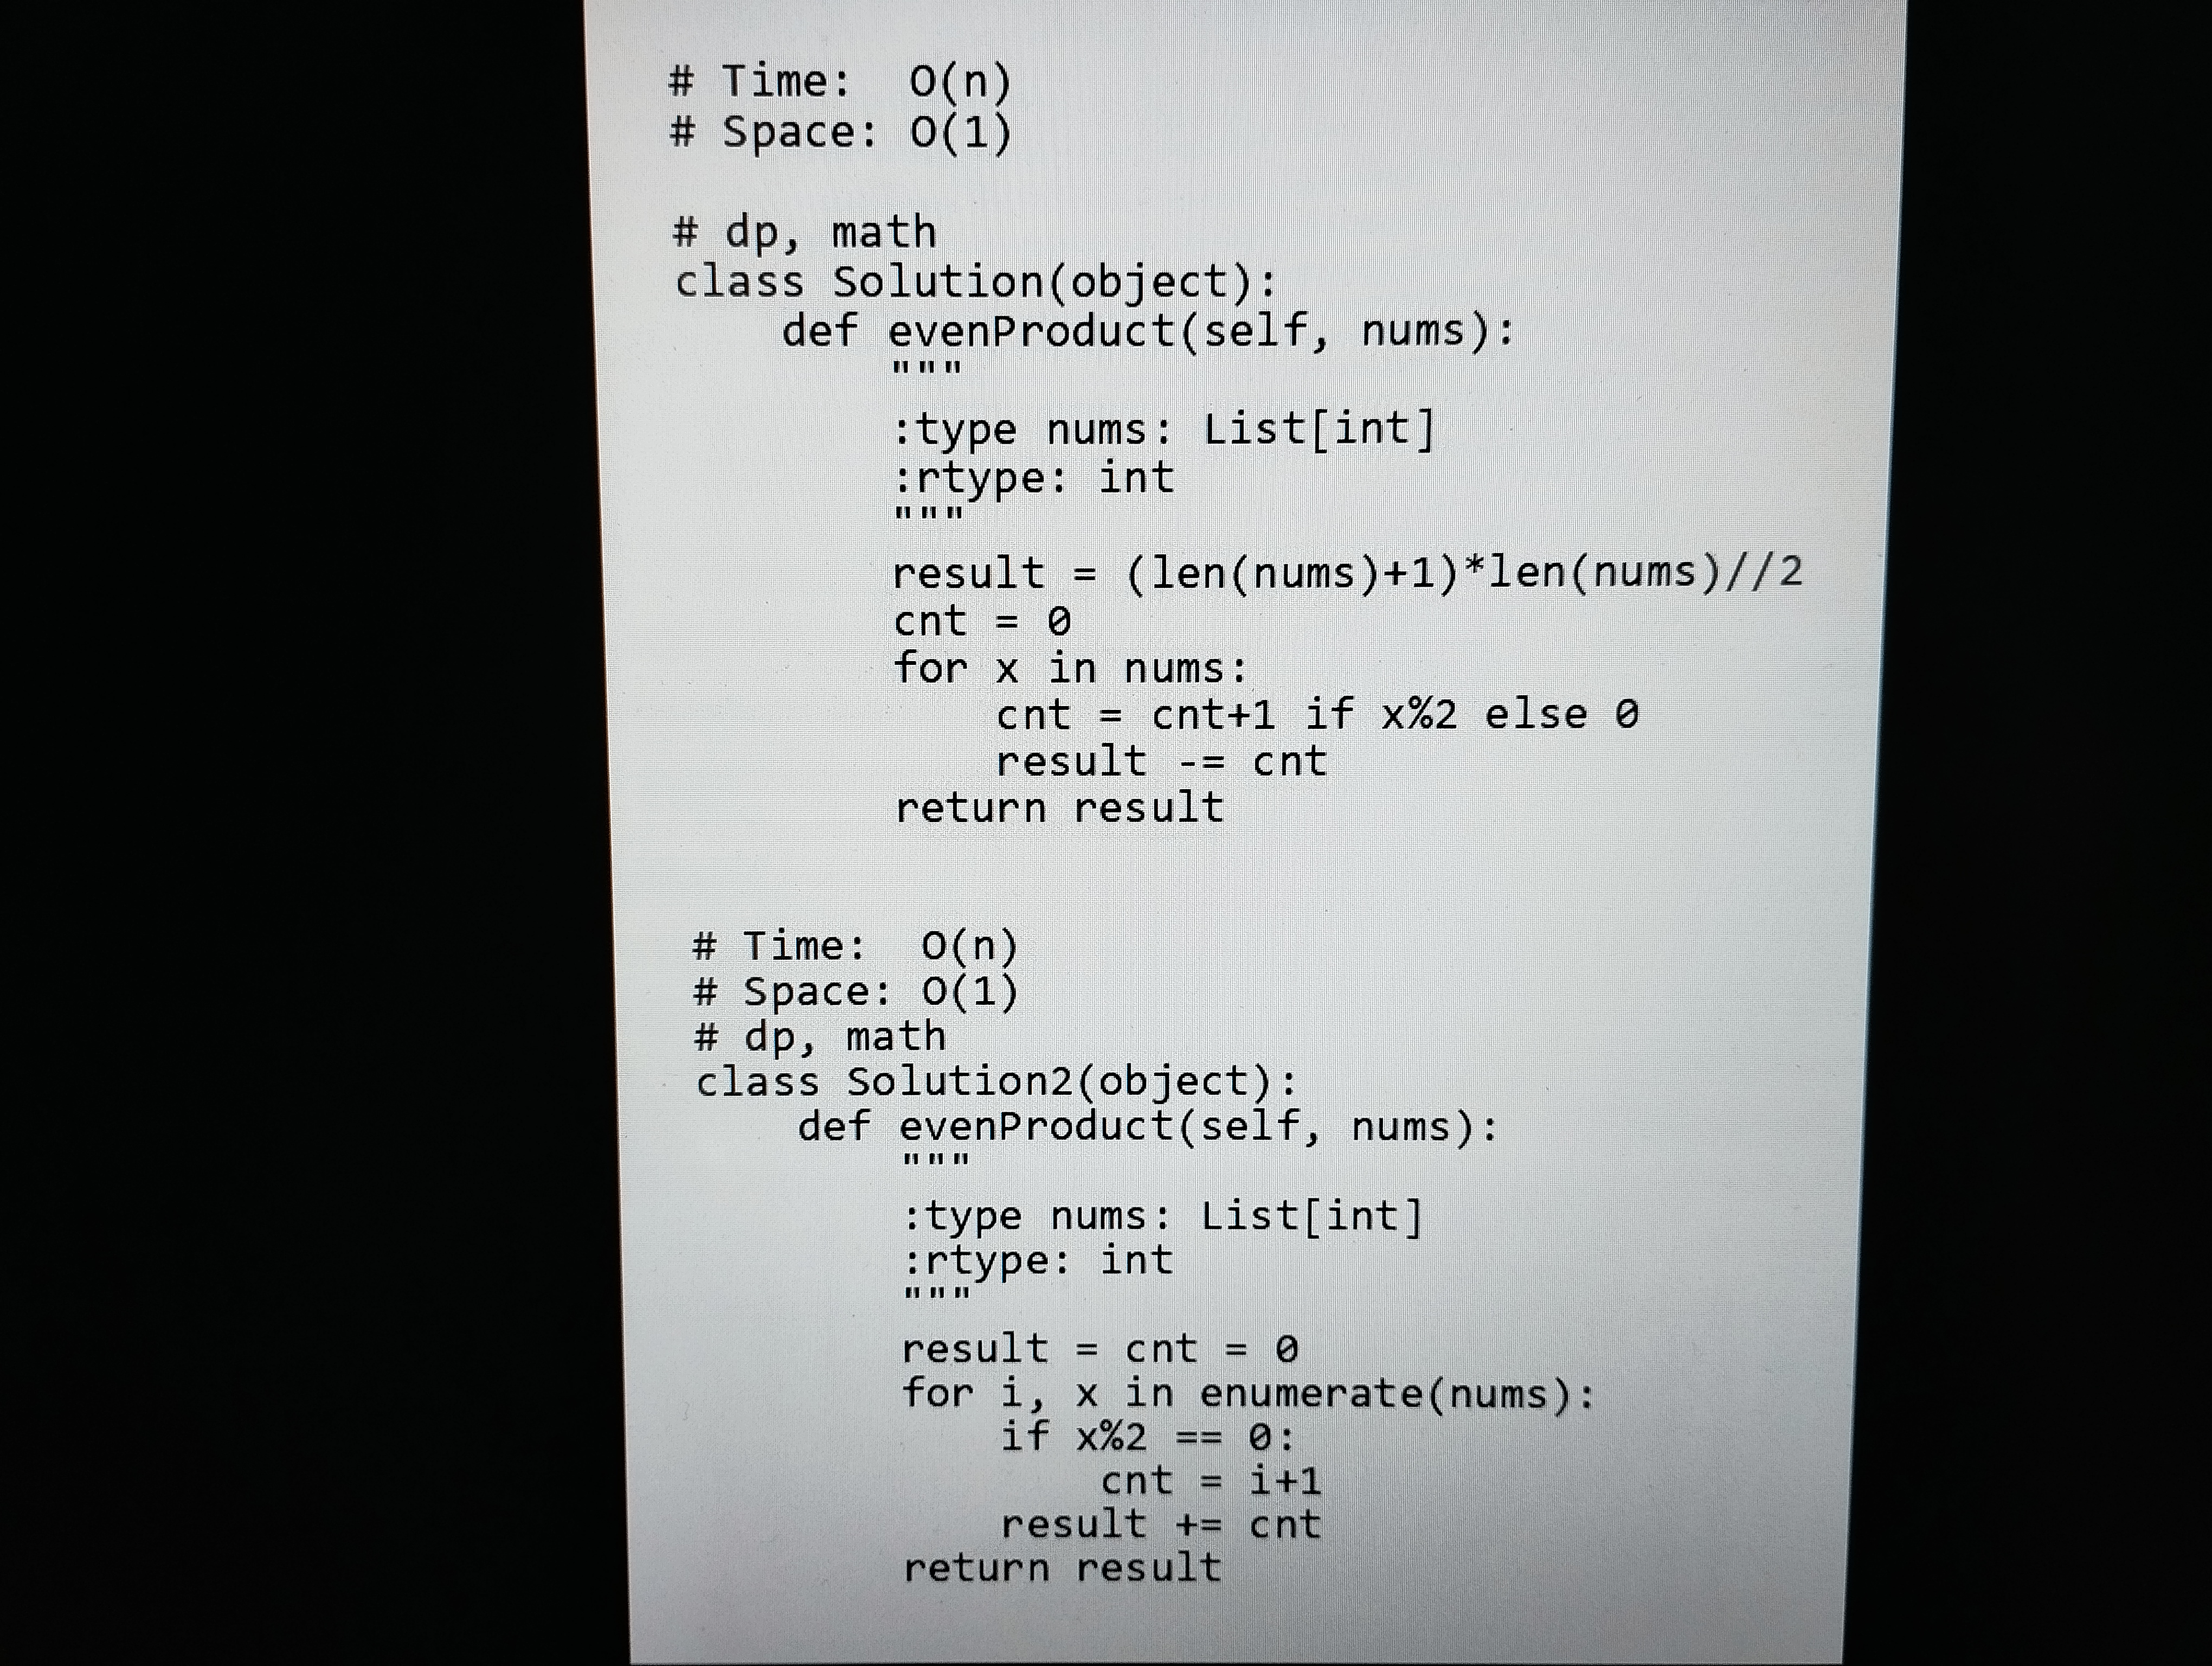
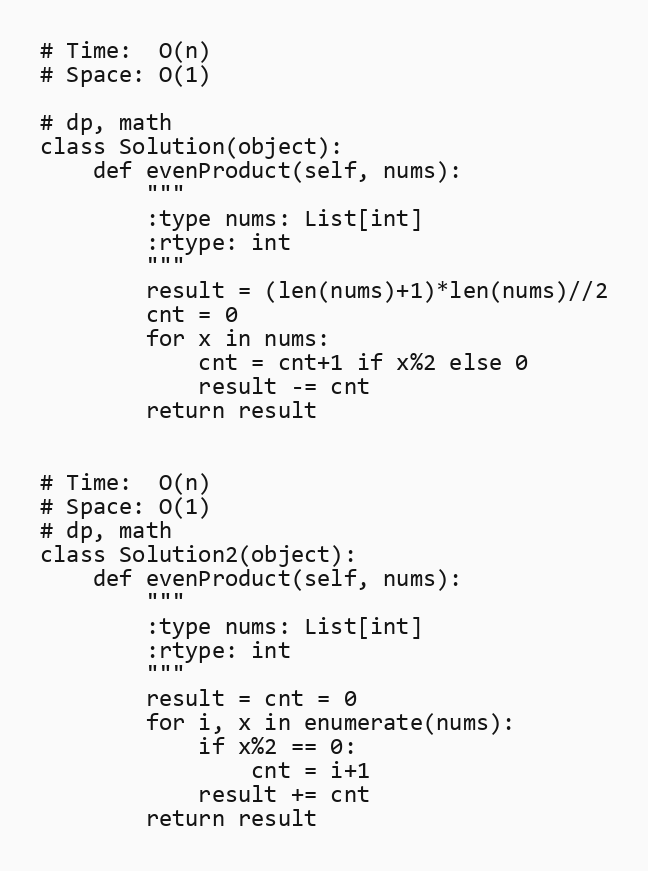
# Time:  O(n)
# Space: O(1)

# dp, math
class Solution(object):
    def evenProduct(self, nums):
        """
        :type nums: List[int]
        :rtype: int
        """
        result = (len(nums)+1)*len(nums)//2
        cnt = 0
        for x in nums:
            cnt = cnt+1 if x%2 else 0
            result -= cnt
        return result

# Time:  O(n)
# Space: O(1)
# dp, math
class Solution2(object):
    def evenProduct(self, nums):
        """
        :type nums: List[int]
        :rtype: int
        """
        result = cnt = 0
        for i, x in enumerate(nums):
            if x%2 == 0:
                cnt = i+1
            result += cnt
        return result